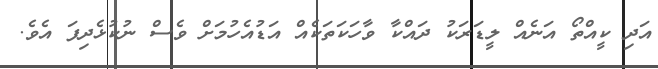
އަދި ކީއްތޯ އަނެއް ލީޑަރަކު ދައްކާ ވާހަކަތަކެއް އަޑުއެހުމަށް ވެސް ނުކުޅެދިފަ އެވެ.